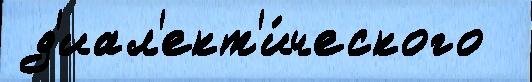
 д'иал'ект'и́ческого